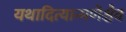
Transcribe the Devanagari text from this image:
यथादित्यान्मणेश्चैव